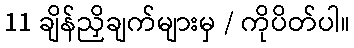
11 ချိန်ညှိချက်များမှ / ကိုပိတ်ပါ။